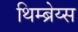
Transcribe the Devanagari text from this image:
थिम्ब्रेय्स